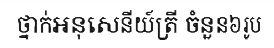
ថ្នាក់អនុសេនីយ៍ត្រី ចំនួន៦រូប